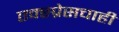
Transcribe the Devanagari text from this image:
एक्स्प्रेसचाही